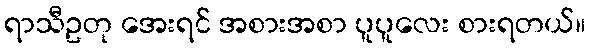
ရာသီဥတု အေးရင် အစားအစာ ပူပူလေး စားရတယ်။